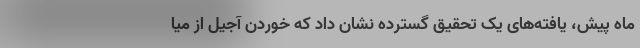
ماه پیش، یافته‌های یک تحقیق گسترده‌ نشان داد که خوردن آجیل از میا